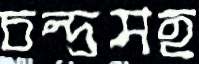
চন্দ্রসহ